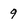
Character: 9